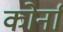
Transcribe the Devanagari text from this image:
कोर्ना